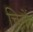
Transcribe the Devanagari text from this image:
चितों